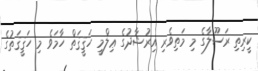
ކީރިތި ރަސޫލާގެ މި މަތިވެރި އިރުޝާދުގެ ޢިލްމީ ހަޤީޤަތް ހާމަވެ މި ހަޤީޤަތުގެ